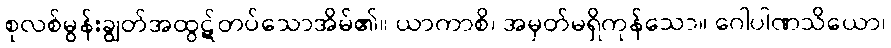
စုလစ်မွန်းချွတ်အထွဋ်တပ်သောအိမ်၏။ ယာကာစိ၊ အမှတ်မရှိကုန်သော။ ဂေါပါဏသိယော၊